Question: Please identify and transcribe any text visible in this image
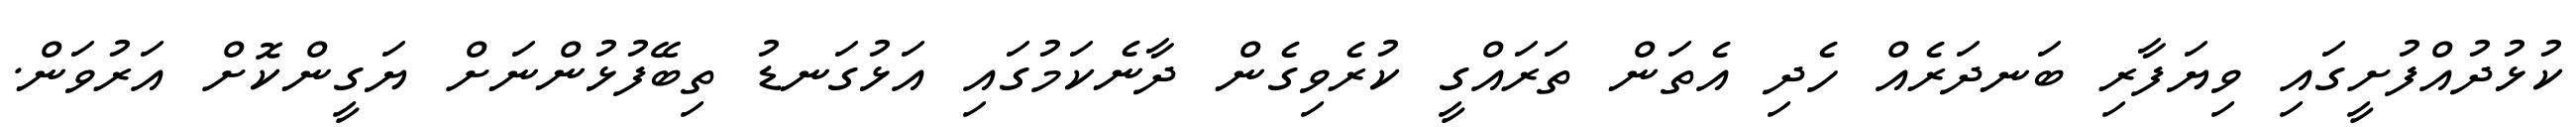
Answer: ކުޅުދުއްފުށީގައި ވިޔަފާރި ބަނދަރެއް ހެދި އެތަން ތަރައްގީ ކުރެވިގެން ދާނެކަމުގައި އަޅުގަނޑު ތިބޭފުޅުންނަށް ޔަގީންކޮށް އަރުވަން.